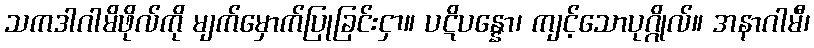
သကဒါဂါမိဖိုလ်ကို မျက်မှောက်ပြုခြင်းငှာ။ ပဋိပန္နော၊ ကျင့်သောပုဂ္ဂိုလ်။ အနာဂါမီ၊